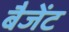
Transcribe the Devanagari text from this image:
बैजेंट